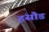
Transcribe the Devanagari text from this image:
हंसौड